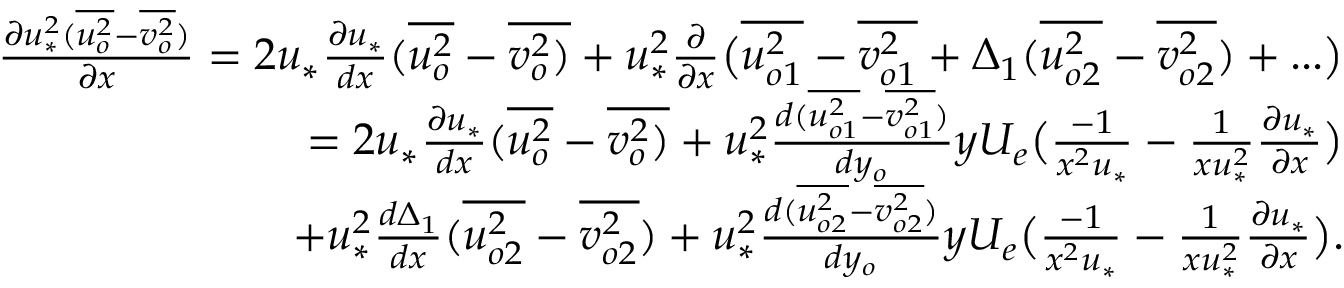
\begin{array} { r } { \frac { \partial u _ { * } ^ { 2 } ( \overline { { u _ { o } ^ { 2 } } } - \overline { { v _ { o } ^ { 2 } } } ) } { \partial x } = 2 u _ { * } \frac { \partial u _ { * } } { d x } ( \overline { { u _ { o } ^ { 2 } } } - \overline { { v _ { o } ^ { 2 } ) } } + u _ { * } ^ { 2 } \frac { \partial } { \partial x } \big ( \overline { { u _ { o 1 } ^ { 2 } } } - \overline { { v _ { o 1 } ^ { 2 } } } + \Delta _ { 1 } ( \overline { { u _ { o 2 } ^ { 2 } } } - \overline { { v _ { o 2 } ^ { 2 } } } ) + . . . \big ) } \\ { = 2 u _ { * } \frac { \partial u _ { * } } { d x } ( \overline { { u _ { o } ^ { 2 } } } - \overline { { v _ { o } ^ { 2 } ) } } + u _ { * } ^ { 2 } \frac { d ( \overline { { u _ { o 1 } ^ { 2 } } } - \overline { { v _ { o 1 } ^ { 2 } } } ) } { d y _ { o } } y U _ { e } \big ( \frac { - 1 } { x ^ { 2 } u _ { * } } - { \frac { 1 } { x u _ { * } ^ { 2 } } \frac { \partial u _ { * } } { \partial x } } \big ) } \\ { + u _ { * } ^ { 2 } \frac { d \Delta _ { 1 } } { d x } ( \overline { { u _ { o 2 } ^ { 2 } } } - \overline { { v _ { o 2 } ^ { 2 } } } ) + u _ { * } ^ { 2 } \frac { d ( \overline { { u _ { o 2 } ^ { 2 } } } - \overline { { v _ { o 2 } ^ { 2 } } } ) } { d y _ { o } } y U _ { e } \big ( \frac { - 1 } { x ^ { 2 } u _ { * } } - { \frac { 1 } { x u _ { * } ^ { 2 } } \frac { \partial u _ { * } } { \partial x } } \big ) . } \end{array}